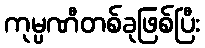
ကုမ္ပဏီတစ်ခုဖြစ်ပြီး